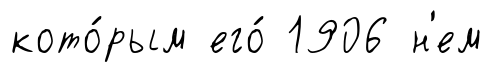
кото́рым его́ 1906 н'ем